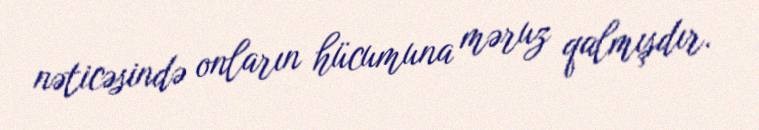
nəticəsində onların hücumuna məruz qalmışdır.